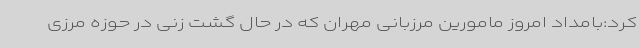
کرد:بامداد امروز مامورین مرزبانی مهران که در حال گشت زنی در حوزه مرزی